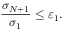
\frac { \sigma _ { N + 1 } } { \sigma _ { 1 } } \leq \varepsilon _ { 1 } .